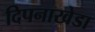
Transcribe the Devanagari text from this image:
दिपनाखेडा